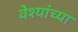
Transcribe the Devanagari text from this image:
वेश्यांच्या